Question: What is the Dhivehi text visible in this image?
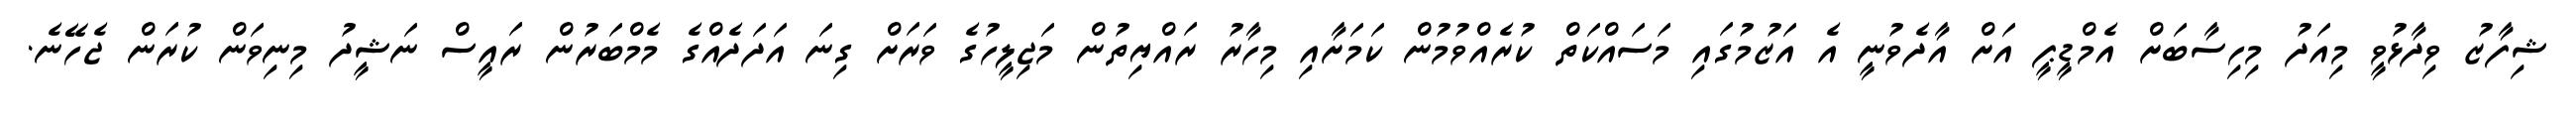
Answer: ޝިފާޒު ވިދާޅުވީ މިއަދު މިހިސާބަށް އެމްޑީޕީ އަށް އާދެވުނީ އެ އަޒުމުގައި މަސައްކަތް ކުރެއްވުމުން ކަމަށާއި މިހާރު ރައްޔިތުން މަޖިލީހުގެ ވަރަށް ގިނަ އަދަދެއްގެ މެމްބަރުން ރައީސް ނަޝީދު މިނިވަން ކުރަން ޖެހޭނެ.